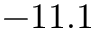
- 1 1 . 1